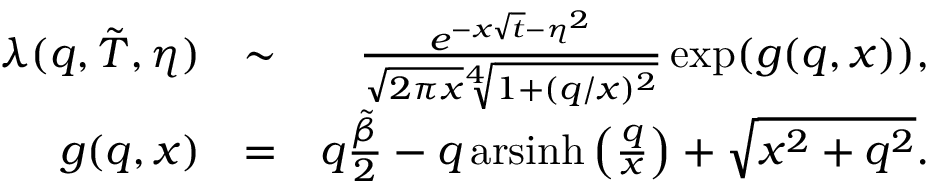
\begin{array} { r l r } { \lambda ( q , \tilde { T } , \eta ) } & { \sim } & { \frac { e ^ { - x \sqrt { t } - \eta ^ { 2 } } } { \sqrt { 2 \pi x } \sqrt [ 4 ] { 1 + ( q / x ) ^ { 2 } } } \exp ( g ( q , x ) ) , } \\ { g ( q , x ) } & { = } & { q \frac { \tilde { \beta } } { 2 } - q \, \mathrm { a r s i n h } \left( \frac { q } { x } \right) + \sqrt { x ^ { 2 } + q ^ { 2 } } . } \end{array}